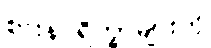
စားနပ်ရိက္ခာများကို